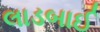
લાડબાઈ